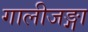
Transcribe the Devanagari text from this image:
गालीजङ्गा